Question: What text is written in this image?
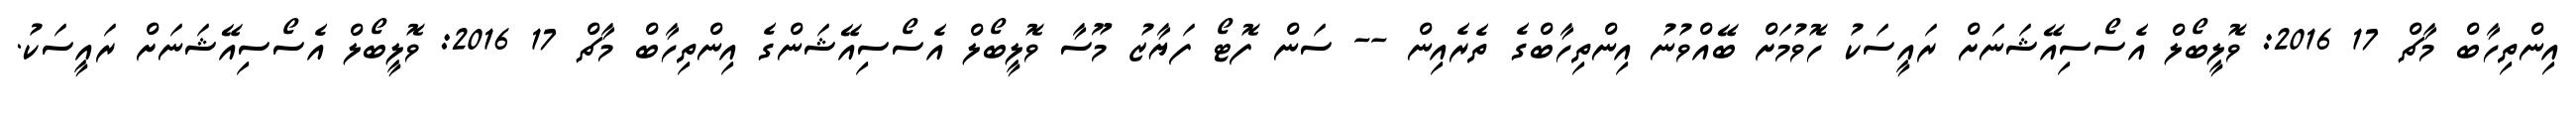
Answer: އިންތިހާބް މާޗް 17 2016: ވޮލީބޯލް އެސޯސިއޭޝަނަށް ރައީސަކު ހޮވުމަށް ބޭއްވުނު އިންތިހާބްގެ ތެރެއިން -- ސަން ފޮޓޯ ފަޔާޒު މޫސާ ވޮލީބޯލް އެސޯސިއޭޝަންގެ އިންތިހާބް މާޗް 17 2016: ވޮލީބޯލް އެސޯސިއޭޝަނަށް ރައީސަކު.